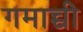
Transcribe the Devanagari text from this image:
गमाच्ची